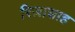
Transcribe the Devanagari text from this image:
रिज़ाशाह